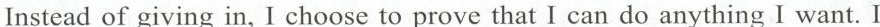
Instead of giving in, I choose to prove that I can do anything I want. I